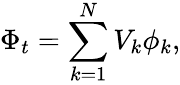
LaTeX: \Phi_{t}=\sum_{k=1}^{N}V_{k}\phi_{k},